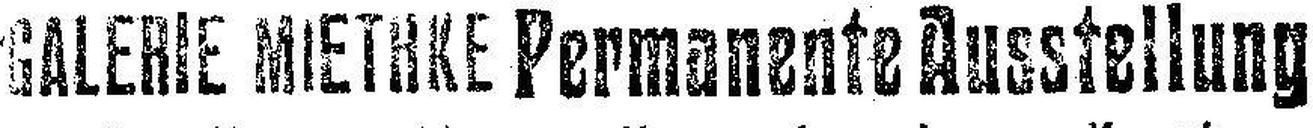
GALERIE MIETHKE Permanente Ausstellung